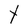
Character: Y